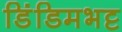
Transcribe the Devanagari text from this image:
डिंडिमभट्ट